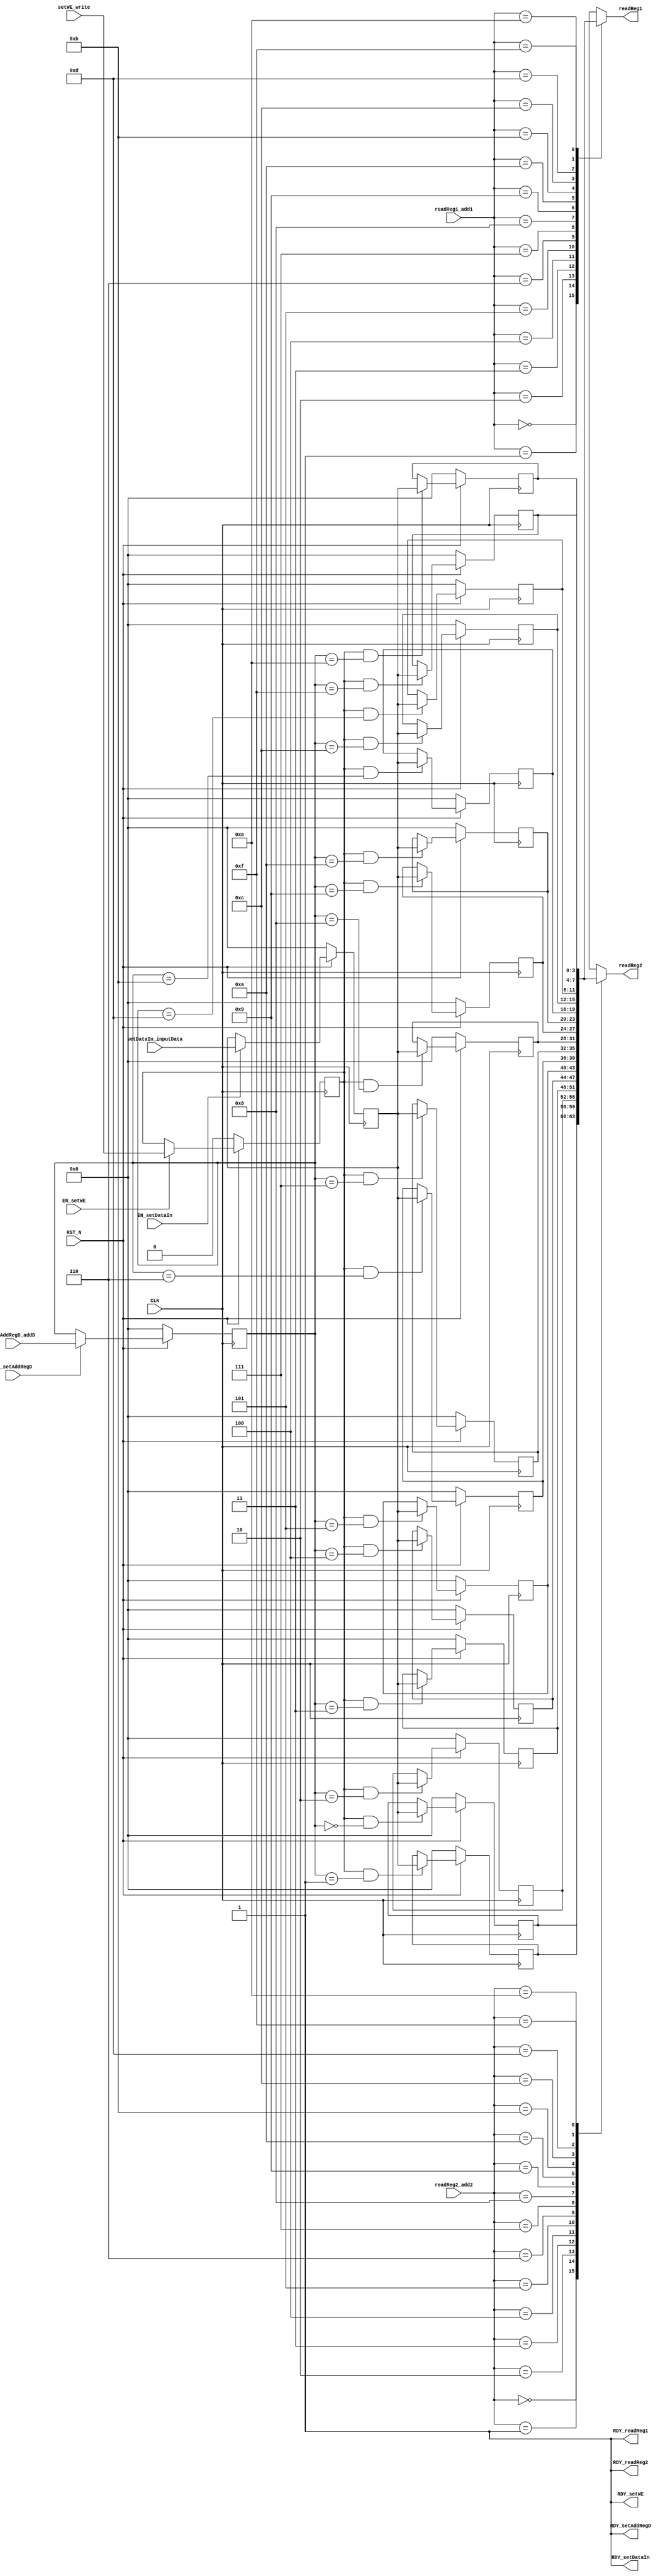
//
// Generated by Bluespec Compiler, version 2011.06.D (build 24470, 2011-06-30)
//
// On Mon Oct 10 01:13:32 IST 2011
//
// Method conflict info:
// Method: setAddRegD
// Conflict-free: setWE, setDataIn
// Sequenced before (restricted): setAddRegD
// Sequenced after (restricted): readReg1, readReg2
//
// Method: setWE
// Conflict-free: setAddRegD, setDataIn
// Sequenced before (restricted): setWE
// Sequenced after (restricted): readReg1, readReg2
//
// Method: setDataIn
// Conflict-free: setAddRegD, setWE
// Sequenced before (restricted): setDataIn
// Sequenced after (restricted): readReg1, readReg2
//
// Method: readReg1
// Conflict-free: readReg1, readReg2
// Sequenced before (restricted): setAddRegD, setWE, setDataIn
//
// Method: readReg2
// Conflict-free: readReg1, readReg2
// Sequenced before (restricted): setAddRegD, setWE, setDataIn
//
//
// Ports:
// Name                         I/O  size props
// RDY_setAddRegD                 O     1 const
// RDY_setWE                      O     1 const
// RDY_setDataIn                  O     1 const
// readReg1                       O     4
// RDY_readReg1                   O     1 const
// readReg2                       O     4
// RDY_readReg2                   O     1 const
// CLK                            I     1 clock
// RST_N                          I     1 reset
// setAddRegD_addD                I     4 reg
// setWE_write                    I     1 reg
// setDataIn_inputData            I     4 reg
// readReg1_add1                  I     4
// readReg2_add2                  I     4
// EN_setAddRegD                  I     1
// EN_setWE                       I     1
// EN_setDataIn                   I     1
//
// Combinational paths from inputs to outputs:
//   readReg1_add1 -> readReg1
//   readReg2_add2 -> readReg2
//
//

`ifdef BSV_ASSIGNMENT_DELAY
`else
`define BSV_ASSIGNMENT_DELAY
`endif

module mkRegFile(CLK,
		 RST_N,

		 setAddRegD_addD,
		 EN_setAddRegD,
		 RDY_setAddRegD,

		 setWE_write,
		 EN_setWE,
		 RDY_setWE,

		 setDataIn_inputData,
		 EN_setDataIn,
		 RDY_setDataIn,

		 readReg1_add1,
		 readReg1,
		 RDY_readReg1,

		 readReg2_add2,
		 readReg2,
		 RDY_readReg2);
  input  CLK;
  input  RST_N;

  // action method setAddRegD
  input  [3 : 0] setAddRegD_addD;
  input  EN_setAddRegD;
  output RDY_setAddRegD;

  // action method setWE
  input  setWE_write;
  input  EN_setWE;
  output RDY_setWE;

  // action method setDataIn
  input  [3 : 0] setDataIn_inputData;
  input  EN_setDataIn;
  output RDY_setDataIn;

  // value method readReg1
  input  [3 : 0] readReg1_add1;
  output [3 : 0] readReg1;
  output RDY_readReg1;

  // value method readReg2
  input  [3 : 0] readReg2_add2;
  output [3 : 0] readReg2;
  output RDY_readReg2;

  // signals for module outputs
  reg [3 : 0] readReg1, readReg2;
  wire RDY_readReg1, RDY_readReg2, RDY_setAddRegD, RDY_setDataIn, RDY_setWE;

  // register addRegD
  reg [3 : 0] addRegD;
  wire [3 : 0] addRegD$D_IN;
  wire addRegD$EN;

  // register dataIn
  reg [3 : 0] dataIn;
  wire [3 : 0] dataIn$D_IN;
  wire dataIn$EN;

  // register decelerator
  reg [15 : 0] decelerator;
  wire [15 : 0] decelerator$D_IN;
  wire decelerator$EN;

  // register file_0
  reg [3 : 0] file_0;
  wire [3 : 0] file_0$D_IN;
  wire file_0$EN;

  // register file_1
  reg [3 : 0] file_1;
  wire [3 : 0] file_1$D_IN;
  wire file_1$EN;

  // register file_10
  reg [3 : 0] file_10;
  wire [3 : 0] file_10$D_IN;
  wire file_10$EN;

  // register file_11
  reg [3 : 0] file_11;
  wire [3 : 0] file_11$D_IN;
  wire file_11$EN;

  // register file_12
  reg [3 : 0] file_12;
  wire [3 : 0] file_12$D_IN;
  wire file_12$EN;

  // register file_13
  reg [3 : 0] file_13;
  wire [3 : 0] file_13$D_IN;
  wire file_13$EN;

  // register file_14
  reg [3 : 0] file_14;
  wire [3 : 0] file_14$D_IN;
  wire file_14$EN;

  // register file_15
  reg [3 : 0] file_15;
  wire [3 : 0] file_15$D_IN;
  wire file_15$EN;

  // register file_2
  reg [3 : 0] file_2;
  wire [3 : 0] file_2$D_IN;
  wire file_2$EN;

  // register file_3
  reg [3 : 0] file_3;
  wire [3 : 0] file_3$D_IN;
  wire file_3$EN;

  // register file_4
  reg [3 : 0] file_4;
  wire [3 : 0] file_4$D_IN;
  wire file_4$EN;

  // register file_5
  reg [3 : 0] file_5;
  wire [3 : 0] file_5$D_IN;
  wire file_5$EN;

  // register file_6
  reg [3 : 0] file_6;
  wire [3 : 0] file_6$D_IN;
  wire file_6$EN;

  // register file_7
  reg [3 : 0] file_7;
  wire [3 : 0] file_7$D_IN;
  wire file_7$EN;

  // register file_8
  reg [3 : 0] file_8;
  wire [3 : 0] file_8$D_IN;
  wire file_8$EN;

  // register file_9
  reg [3 : 0] file_9;
  wire [3 : 0] file_9$D_IN;
  wire file_9$EN;

  // register we
  reg we;
  wire we$D_IN, we$EN;

  // action method setAddRegD
  assign RDY_setAddRegD = 1'd1 ;

  // action method setWE
  assign RDY_setWE = 1'd1 ;

  // action method setDataIn
  assign RDY_setDataIn = 1'd1 ;

  // value method readReg1
  always@(readReg1_add1 or
	  file_15 or
	  file_0 or
	  file_1 or
	  file_2 or
	  file_3 or
	  file_4 or
	  file_5 or
	  file_6 or
	  file_7 or
	  file_8 or
	  file_9 or file_10 or file_11 or file_12 or file_13 or file_14)
  begin
    case (readReg1_add1)
      4'd0: readReg1 = file_0;
      4'd1: readReg1 = file_1;
      4'd2: readReg1 = file_2;
      4'd3: readReg1 = file_3;
      4'd4: readReg1 = file_4;
      4'd5: readReg1 = file_5;
      4'd6: readReg1 = file_6;
      4'd7: readReg1 = file_7;
      4'd8: readReg1 = file_8;
      4'd9: readReg1 = file_9;
      4'd10: readReg1 = file_10;
      4'd11: readReg1 = file_11;
      4'd12: readReg1 = file_12;
      4'd13: readReg1 = file_13;
      4'd14: readReg1 = file_14;
      4'd15: readReg1 = file_15;
    endcase
  end
  assign RDY_readReg1 = 1'd1 ;

  // value method readReg2
  always@(readReg2_add2 or
	  file_15 or
	  file_0 or
	  file_1 or
	  file_2 or
	  file_3 or
	  file_4 or
	  file_5 or
	  file_6 or
	  file_7 or
	  file_8 or
	  file_9 or file_10 or file_11 or file_12 or file_13 or file_14)
  begin
    case (readReg2_add2)
      4'd0: readReg2 = file_0;
      4'd1: readReg2 = file_1;
      4'd2: readReg2 = file_2;
      4'd3: readReg2 = file_3;
      4'd4: readReg2 = file_4;
      4'd5: readReg2 = file_5;
      4'd6: readReg2 = file_6;
      4'd7: readReg2 = file_7;
      4'd8: readReg2 = file_8;
      4'd9: readReg2 = file_9;
      4'd10: readReg2 = file_10;
      4'd11: readReg2 = file_11;
      4'd12: readReg2 = file_12;
      4'd13: readReg2 = file_13;
      4'd14: readReg2 = file_14;
      4'd15: readReg2 = file_15;
    endcase
  end
  assign RDY_readReg2 = 1'd1 ;

  // register addRegD
  assign addRegD$D_IN = setAddRegD_addD ;
  assign addRegD$EN = EN_setAddRegD ;

  // register dataIn
  assign dataIn$D_IN = setDataIn_inputData ;
  assign dataIn$EN = EN_setDataIn ;

  // register decelerator
  assign decelerator$D_IN = 16'h0 ;
  assign decelerator$EN = 1'b0 ;

  // register file_0
  assign file_0$D_IN = dataIn ;
  assign file_0$EN = we && addRegD == 4'd0 ;

  // register file_1
  assign file_1$D_IN = dataIn ;
  assign file_1$EN = we && addRegD == 4'd1 ;

  // register file_10
  assign file_10$D_IN = dataIn ;
  assign file_10$EN = we && addRegD == 4'd10 ;

  // register file_11
  assign file_11$D_IN = dataIn ;
  assign file_11$EN = we && addRegD == 4'd11 ;

  // register file_12
  assign file_12$D_IN = dataIn ;
  assign file_12$EN = we && addRegD == 4'd12 ;

  // register file_13
  assign file_13$D_IN = dataIn ;
  assign file_13$EN = we && addRegD == 4'd13 ;

  // register file_14
  assign file_14$D_IN = dataIn ;
  assign file_14$EN = we && addRegD == 4'd14 ;

  // register file_15
  assign file_15$D_IN = dataIn ;
  assign file_15$EN = we && addRegD == 4'd15 ;

  // register file_2
  assign file_2$D_IN = dataIn ;
  assign file_2$EN = we && addRegD == 4'd2 ;

  // register file_3
  assign file_3$D_IN = dataIn ;
  assign file_3$EN = we && addRegD == 4'd3 ;

  // register file_4
  assign file_4$D_IN = dataIn ;
  assign file_4$EN = we && addRegD == 4'd4 ;

  // register file_5
  assign file_5$D_IN = dataIn ;
  assign file_5$EN = we && addRegD == 4'd5 ;

  // register file_6
  assign file_6$D_IN = dataIn ;
  assign file_6$EN = we && addRegD == 4'd6 ;

  // register file_7
  assign file_7$D_IN = dataIn ;
  assign file_7$EN = we && addRegD == 4'd7 ;

  // register file_8
  assign file_8$D_IN = dataIn ;
  assign file_8$EN = we && addRegD == 4'd8 ;

  // register file_9
  assign file_9$D_IN = dataIn ;
  assign file_9$EN = we && addRegD == 4'd9 ;

  // register we
  assign we$D_IN = setWE_write ;
  assign we$EN = EN_setWE ;

  // handling of inlined registers

  always@(posedge CLK)
  begin
    if (!RST_N)
      begin
        addRegD <= `BSV_ASSIGNMENT_DELAY 4'd0;
	dataIn <= `BSV_ASSIGNMENT_DELAY 4'd0;
	decelerator <= `BSV_ASSIGNMENT_DELAY 16'd0;
	file_0 <= `BSV_ASSIGNMENT_DELAY 4'd0;
	file_1 <= `BSV_ASSIGNMENT_DELAY 4'd0;
	file_10 <= `BSV_ASSIGNMENT_DELAY 4'd0;
	file_11 <= `BSV_ASSIGNMENT_DELAY 4'd0;
	file_12 <= `BSV_ASSIGNMENT_DELAY 4'd0;
	file_13 <= `BSV_ASSIGNMENT_DELAY 4'd0;
	file_14 <= `BSV_ASSIGNMENT_DELAY 4'd0;
	file_15 <= `BSV_ASSIGNMENT_DELAY 4'd0;
	file_2 <= `BSV_ASSIGNMENT_DELAY 4'd0;
	file_3 <= `BSV_ASSIGNMENT_DELAY 4'd0;
	file_4 <= `BSV_ASSIGNMENT_DELAY 4'd0;
	file_5 <= `BSV_ASSIGNMENT_DELAY 4'd0;
	file_6 <= `BSV_ASSIGNMENT_DELAY 4'd0;
	file_7 <= `BSV_ASSIGNMENT_DELAY 4'd0;
	file_8 <= `BSV_ASSIGNMENT_DELAY 4'd0;
	file_9 <= `BSV_ASSIGNMENT_DELAY 4'd0;
	we <= `BSV_ASSIGNMENT_DELAY 1'd0;
      end
    else
      begin
        if (addRegD$EN) addRegD <= `BSV_ASSIGNMENT_DELAY addRegD$D_IN;
	if (dataIn$EN) dataIn <= `BSV_ASSIGNMENT_DELAY dataIn$D_IN;
	if (decelerator$EN)
	  decelerator <= `BSV_ASSIGNMENT_DELAY decelerator$D_IN;
	if (file_0$EN) file_0 <= `BSV_ASSIGNMENT_DELAY file_0$D_IN;
	if (file_1$EN) file_1 <= `BSV_ASSIGNMENT_DELAY file_1$D_IN;
	if (file_10$EN) file_10 <= `BSV_ASSIGNMENT_DELAY file_10$D_IN;
	if (file_11$EN) file_11 <= `BSV_ASSIGNMENT_DELAY file_11$D_IN;
	if (file_12$EN) file_12 <= `BSV_ASSIGNMENT_DELAY file_12$D_IN;
	if (file_13$EN) file_13 <= `BSV_ASSIGNMENT_DELAY file_13$D_IN;
	if (file_14$EN) file_14 <= `BSV_ASSIGNMENT_DELAY file_14$D_IN;
	if (file_15$EN) file_15 <= `BSV_ASSIGNMENT_DELAY file_15$D_IN;
	if (file_2$EN) file_2 <= `BSV_ASSIGNMENT_DELAY file_2$D_IN;
	if (file_3$EN) file_3 <= `BSV_ASSIGNMENT_DELAY file_3$D_IN;
	if (file_4$EN) file_4 <= `BSV_ASSIGNMENT_DELAY file_4$D_IN;
	if (file_5$EN) file_5 <= `BSV_ASSIGNMENT_DELAY file_5$D_IN;
	if (file_6$EN) file_6 <= `BSV_ASSIGNMENT_DELAY file_6$D_IN;
	if (file_7$EN) file_7 <= `BSV_ASSIGNMENT_DELAY file_7$D_IN;
	if (file_8$EN) file_8 <= `BSV_ASSIGNMENT_DELAY file_8$D_IN;
	if (file_9$EN) file_9 <= `BSV_ASSIGNMENT_DELAY file_9$D_IN;
	if (we$EN) we <= `BSV_ASSIGNMENT_DELAY we$D_IN;
      end
  end

  // synopsys translate_off
  `ifdef BSV_NO_INITIAL_BLOCKS
  `else // not BSV_NO_INITIAL_BLOCKS
  initial
  begin
    addRegD = 4'hA;
    dataIn = 4'hA;
    decelerator = 16'hAAAA;
    file_0 = 4'hA;
    file_1 = 4'hA;
    file_10 = 4'hA;
    file_11 = 4'hA;
    file_12 = 4'hA;
    file_13 = 4'hA;
    file_14 = 4'hA;
    file_15 = 4'hA;
    file_2 = 4'hA;
    file_3 = 4'hA;
    file_4 = 4'hA;
    file_5 = 4'hA;
    file_6 = 4'hA;
    file_7 = 4'hA;
    file_8 = 4'hA;
    file_9 = 4'hA;
    we = 1'h0;
  end
  `endif // BSV_NO_INITIAL_BLOCKS
  // synopsys translate_on
endmodule  // mkRegFile